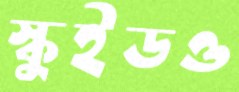
স্কুইডও